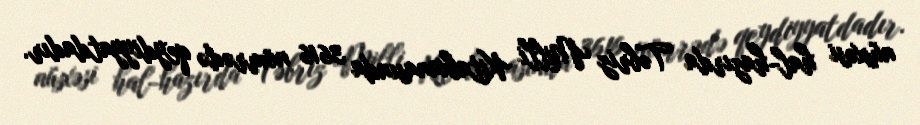
nüsxəsi hal-hazırda Təbriz Milli Kitabxanasında 3616 nömrədə qeydiyyatdadır.